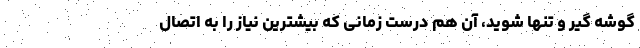
گوشه گیر و تنها شوید، آن هم درست زمانی که بیشترین نیاز را به اتصال